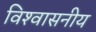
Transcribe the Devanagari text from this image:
विश्‍वासनीय